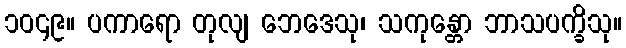
၁၀၄၉။ ပကာရော တုလျ ဘေဒေသု၊ သကုန္တော ဘာသပက္ခိသု။